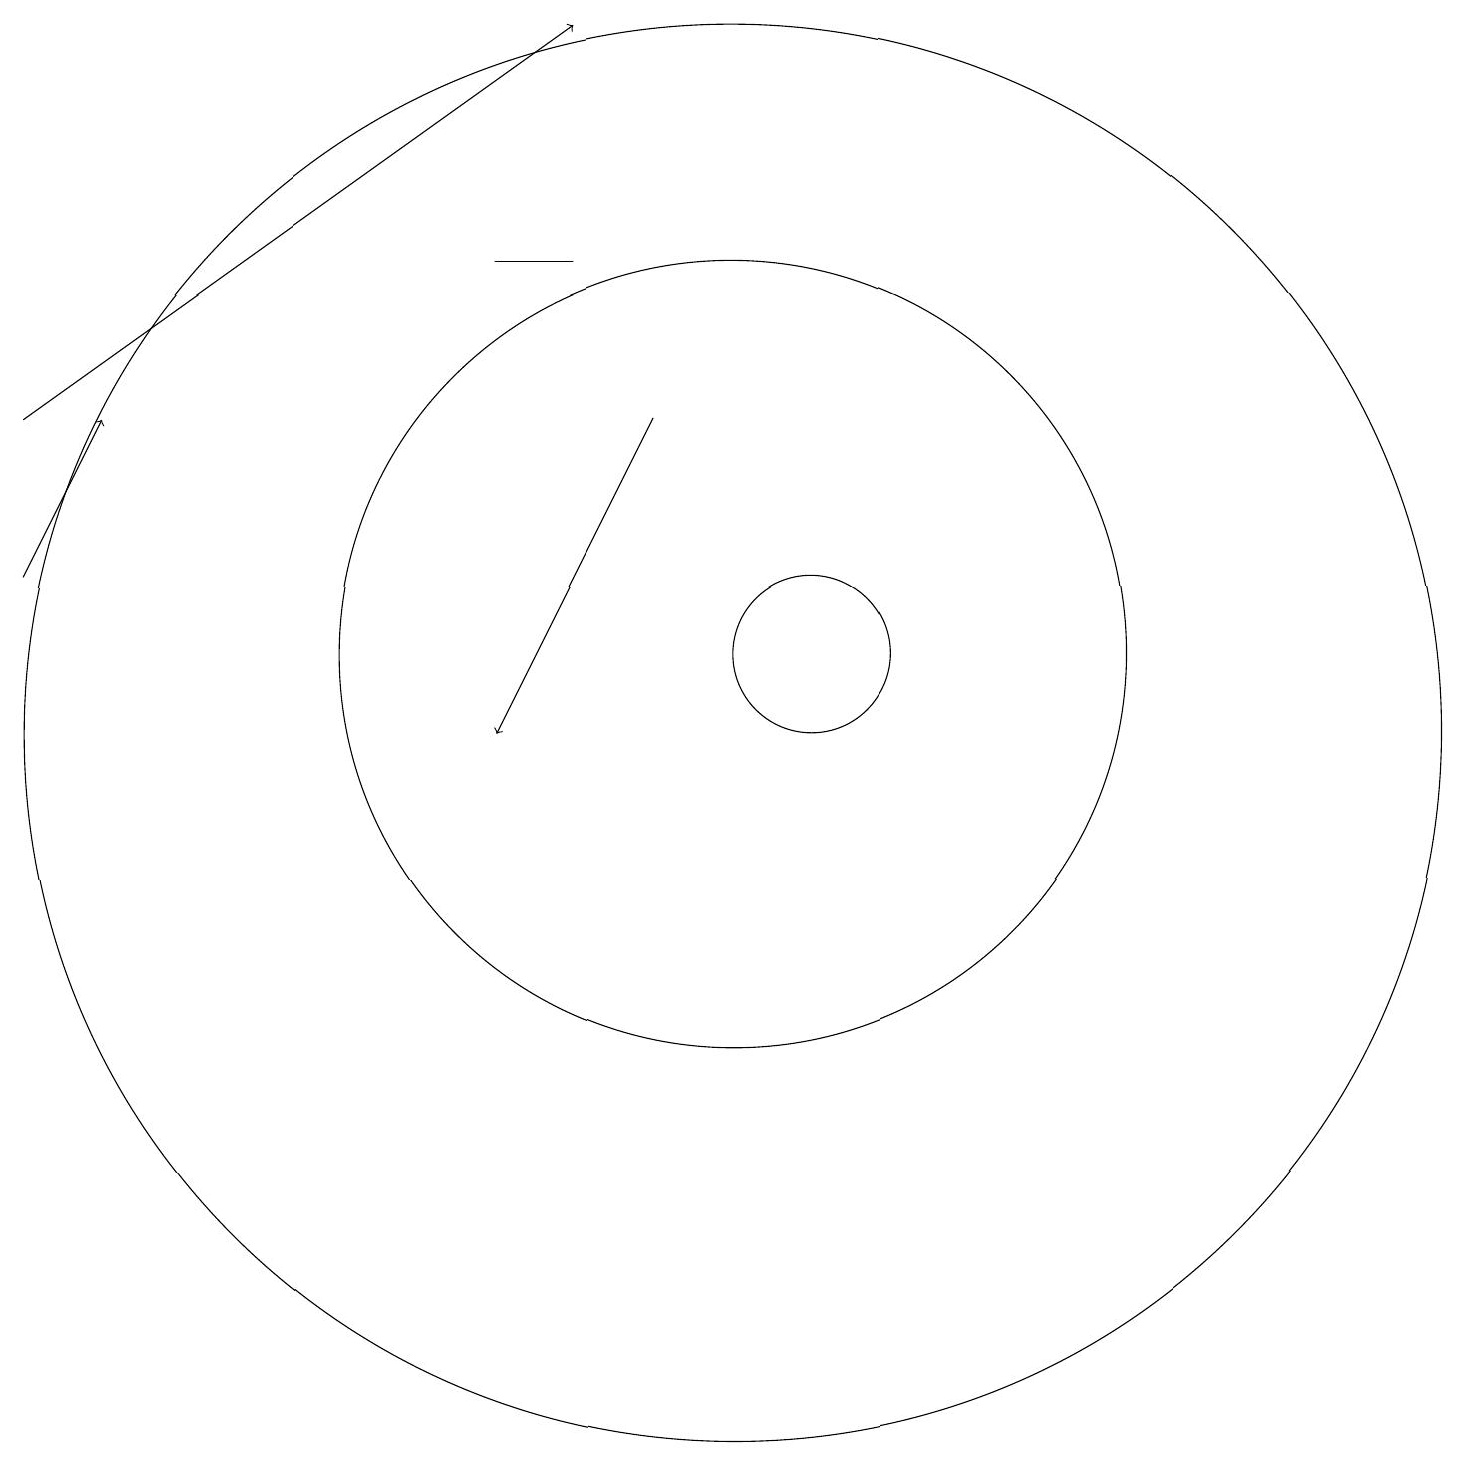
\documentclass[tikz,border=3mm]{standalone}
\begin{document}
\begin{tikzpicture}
\draw[->] (1,14) -- (8,19);
\draw (8,16) rectangle (7,16);
\draw[->] (1,12) -- (2,14);
\draw (10,11) circle (5);
\draw (11,11) circle (1);
\draw[->] (9,14) -- (7,10);
\draw (10,10) circle (9);
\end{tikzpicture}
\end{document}